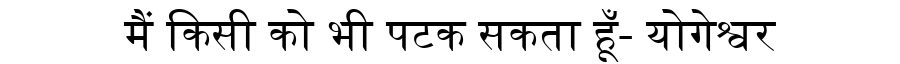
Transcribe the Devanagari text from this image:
मैं किसी को भी पटक सकता हूँ- योगेश्वर